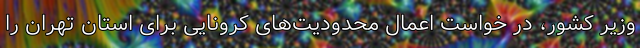
وزیر کشور، در خواست اعمال محدودیت‌های کرونایی برای استان تهران را